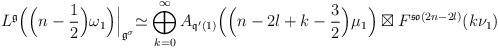
LaTeX: \begin{align*}L^{\frak{g}}\Bigl(\Bigl(n-\frac{1}{2}\Bigr)\omega_1\Bigr)\Bigl|_{\frak{g}^\sigma}\simeq\bigoplus_{k=0}^{\infty} A_{\frak{q}'(1)}\Bigl(\Bigl(n-2l+k-\frac{3}{2}\Bigr)\mu_1\Bigr)\boxtimes F^{\frak{so}(2n-2l)}(k\nu_1)\end{align*}